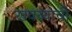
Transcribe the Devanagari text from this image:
खवय्यांची